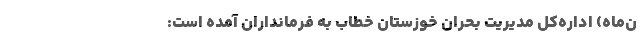
ن‌ماه) اداره‌کل مدیریت بحران خوزستان خطاب به فرمانداران آمده است: